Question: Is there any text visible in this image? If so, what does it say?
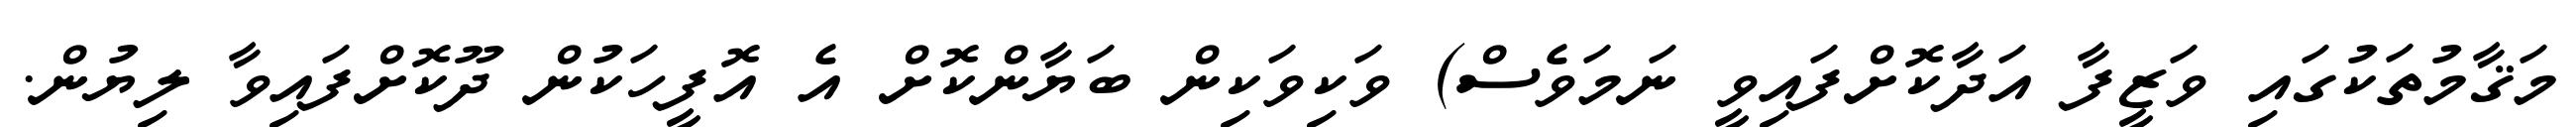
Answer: މަޤާމުތަކުގައި ވަޒީފާ އަދާކޮށްފައިވީ ނަމަވެސް) ވަކިވަކިން ބަޔާންކޮށް އެ އޮފީހަކުން ދޫކޮށްފައިވާ ލިޔުން.